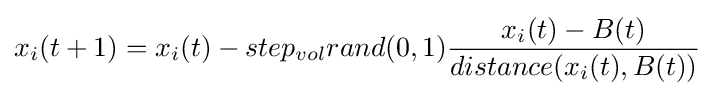
x_{i}(t+1)=x_{i}(t)-step_{vol}rand(0,1){\frac {x_{i}(t)-B(t)}{distance(x_{i}(t),B(t))}}